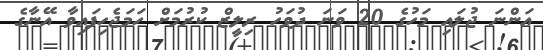
އަންނަ ޖުލައި މަހުގެ 20 ވަނަ ދުވަހު ރިލީޒް ކުރުމަށް ހަމަޖެހިފައިވާ އޭނާގެ